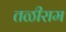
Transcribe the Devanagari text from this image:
तळीराम